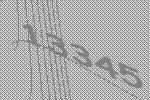
13345